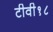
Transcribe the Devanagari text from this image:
टीवी१८